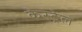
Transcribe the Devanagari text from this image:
केस्ट्रेल